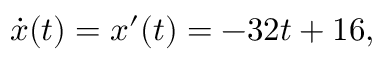
{ \dot { x } } ( t ) = x ^ { \prime } ( t ) = - 3 2 t + 1 6 , \,